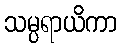
သမ္ပရာယိကာ